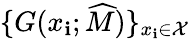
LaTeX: \{ G(x_{\mathbf{i}};\widehat{{M}})\} _{x_{\mathbf{i}}\in\mathcal{{X}}}